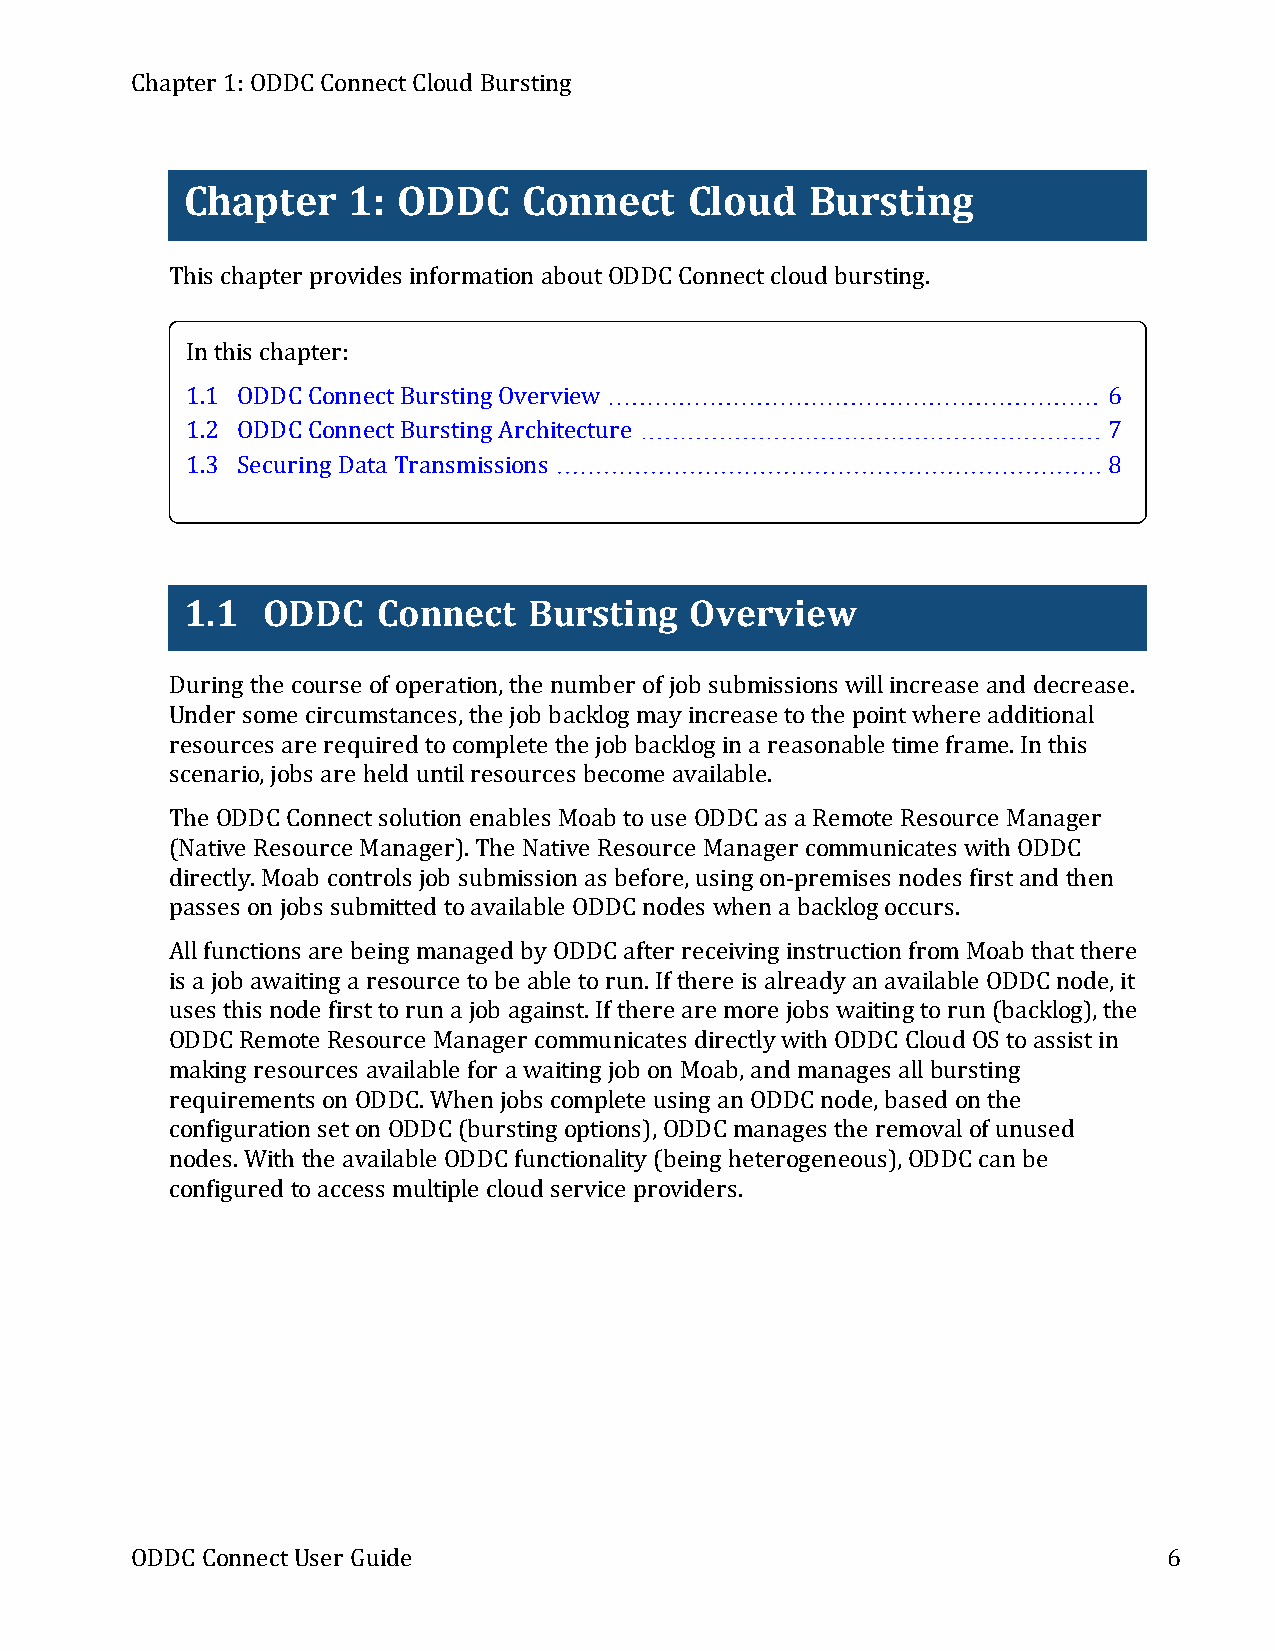
Chapter 1:ODDC ConnectCloud Bursting
 Chapter    1: ODDC     Connect    Cloud   Bursting
 This chapter provides information aboutODDC Connectcloud bursting.
 In this chapter:
 1.1 ODDC ConnectBursting Overview                            6
 1.2 ODDC ConnectBursting Architecture                        7
 1.3 Securing Data Transmissions                              8
 1.1  ODDC    Connect   Bursting   Overview
 During the course of operation,the number of job submissions willincrease and decrease.
 Under some circumstances,the job backlog mayincrease tothe pointwhere additional
 resources are required tocomplete the job backlog in a reasonable time frame.In this
 scenario,jobs are held untilresources become available.
 The ODDC Connectsolution enables Moab touse ODDC as a Remote Resource Manager
 (Native Resource Manager).The Native Resource Manager communicates with ODDC
 directly.Moab controls job submission as before,using on-premises nodes firstand then
 passes on jobs submitted toavailable ODDC nodes when a backlog occurs.
 Allfunctions are being managed byODDC after receiving instruction fromMoab thatthere
 is a job awaiting a resource tobe able torun.If there is alreadyan available ODDC node,it
 uses this node firsttorun a job against.If there are more jobs waiting torun (backlog),the
 ODDC Remote Resource Manager communicates directlywith ODDC Cloud OS toassistin
 making resources available for a waiting job on Moab,and manages allbursting
 requirements on ODDC.When jobs complete using an ODDC node,based on the
 configuration seton ODDC (bursting options),ODDC manages the removalof unused
 nodes.With the available ODDC functionality(being heterogeneous),ODDC can be
 configured toaccess multiple cloud service providers.
 ODDC ConnectUser Guide                                              6